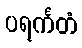
ပရင်္ကတံ